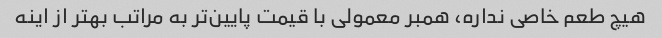
هیچ طعم خاصی نداره، همبر معمولی با قیمت پایین‌تر به مراتب بهتر از اینه